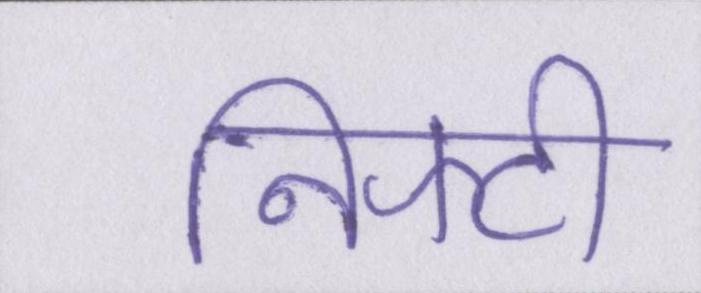
निफ्टी